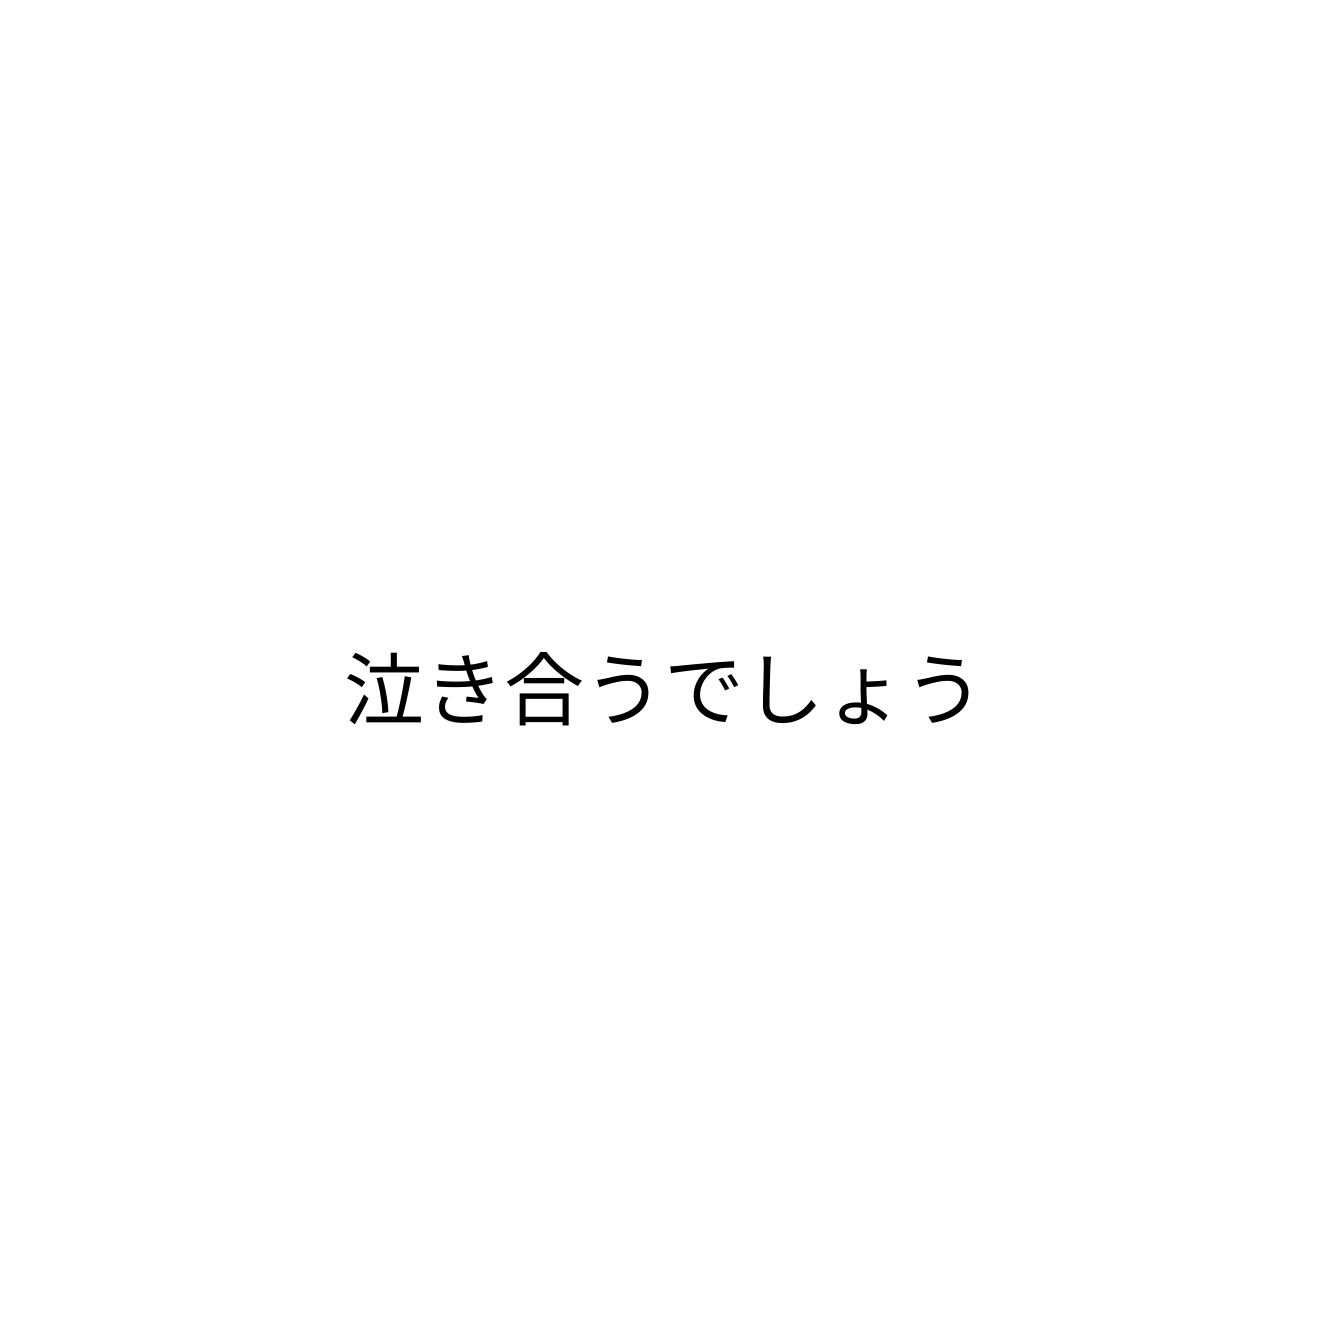
泣き合うでしょう